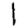
Digit: 1